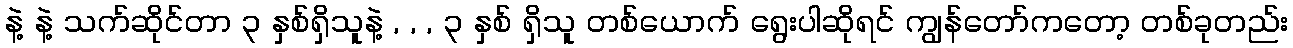
နဲ့ နဲ့ သက်ဆိုင်တာ ၃ နှစ်ရှိသူနဲ့ , , , ၃ နှစ် ရှိသူ တစ်ယောက် ရွေးပါဆိုရင် ကျွန်တော်ကတော့ တစ်ခုတည်း